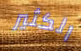
الكثير